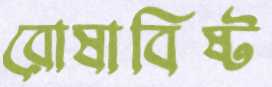
রোষাবিষ্ট